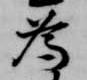
為